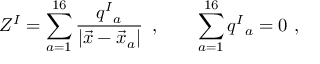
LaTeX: Z ^ { I } = \sum _ { a = 1 } ^ { 1 6 } { \frac { q ^ { I } { } _ { a } } { | \vec { x } - \vec { x } _ { a } | } } \, \ , \qquad \sum _ { a = 1 } ^ { 1 6 } q ^ { I } { } _ { a } = 0 \ ,